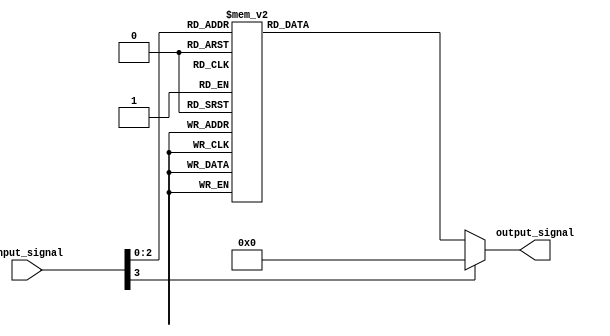
module decoder (
    input wire [3:0] input_signal,
    output reg [7:0] output_signal
);

always @(*)
begin
    case (input_signal)
        4'b0000: output_signal = 8'b00000001;
        4'b0001: output_signal = 8'b00000010;
        4'b0010: output_signal = 8'b00000100;
        4'b0011: output_signal = 8'b00001000;
        4'b0100: output_signal = 8'b00010000;
        4'b0101: output_signal = 8'b00100000;
        4'b0110: output_signal = 8'b01000000;
        4'b0111: output_signal = 8'b10000000;
        default: output_signal = 8'b00000000;
    endcase
end

endmodule